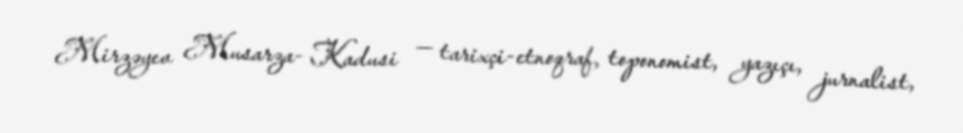
Mirzəyev Musarza- Kadusi — tarixçi-etnoqraf, toponomist, yazıçı, jurnalist,